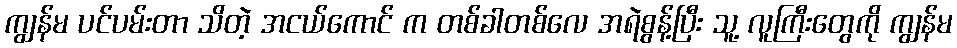
ကျွန်မ ပင်ပမ်းတာ သိတဲ့ အငယ်ကောင် က တစ်ခါတစ်လေ အရဲစွန့်ပြီး သူ့ လူကြီးတွေကို ကျွန်မ